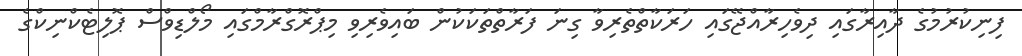
ފިނިކުރުމުގެ ދާއިރާގައި ދިވެހިރާއްޖޭގައި ހަރަކާތްތެރިވާ ގިނަ ފަރާތްތަކަކުން ބައިވެރިވި މިޕްރޮގްރާމްގައި މޯލްޑިވްސް ޕޮލިޓެކްނިކްގެ